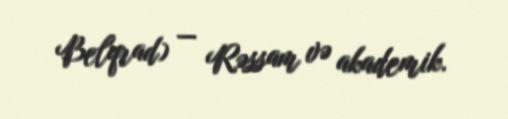
Belqrad) — Rəssam və akademik.